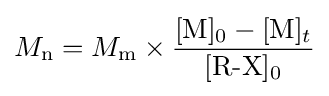
M_{\text{n}}=M_{\text{m}}\times {\frac {[{\text{M}}]_{0}-[{\text{M}}]_{t}}{[{\text{R-X}}]_{0}}}